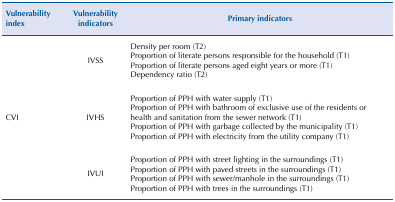
<table><thead><tr><td><b>Vulnerability index</b></td><td><b>Vulnerability indicators</b></td><td><b>Primary indicators</b></td></tr></thead><tbody><tr><td rowspan="3">CVI</td><td>IVSS</td><td>Density per room (T2) Proportion of literate persons responsible for the household (T1) Proportion of literate persons aged eight years or more (T1) Dependency ratio (T2)</td></tr><tr><td>IVHS</td><td>Proportion of PPH with water supply (T1) Proportion of PPH with bathroom of exclusive use of the residents or health and sanitation from the sewer network (T1) Proportion of PPH with garbage collected by the municipality (T1) Proportion of PPH with electricity from the utility company (T1)</td></tr><tr><td>IVUI</td><td>Proportion of PPH with street lighting in the surroundings (T1) Proportion of PPH with paved streets in the surroundings (T1) Proportion of PPH with sewer/manhole in the surroundings (T1) Proportion of PPH with trees in the surroundings (T1)</td></tr></tbody></table>